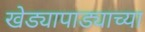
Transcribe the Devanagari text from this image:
खेड्यापाड्याच्या